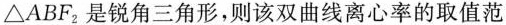
△ABF_{2}是锐角三角形，则该双曲线离心率的取值范